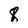
Character: 8